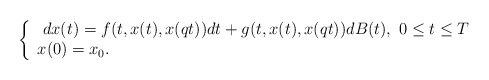
\begin{align*}\left\{\begin{array}{l}\ dx(t)=f(t,x(t),x(qt))dt+g(t,x(t),x(qt))dB(t),~0\leq t\leq T\\ x(0)=x_0.\\\end{array}\right.\end{align*}